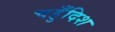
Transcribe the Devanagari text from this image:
चहुँदिश